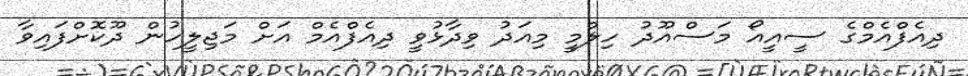
ދިއެފްއެމްގެ ސީއީއޯ މަސްއޫދު ހިލްމީ މިއަދު ވިދާޅުވީ ދިއެފްއެމް އަށް މަޖިލީހުން ދޫކޮށްފައިވާ